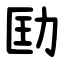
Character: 劻